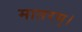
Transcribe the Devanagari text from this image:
मातरम्‌।